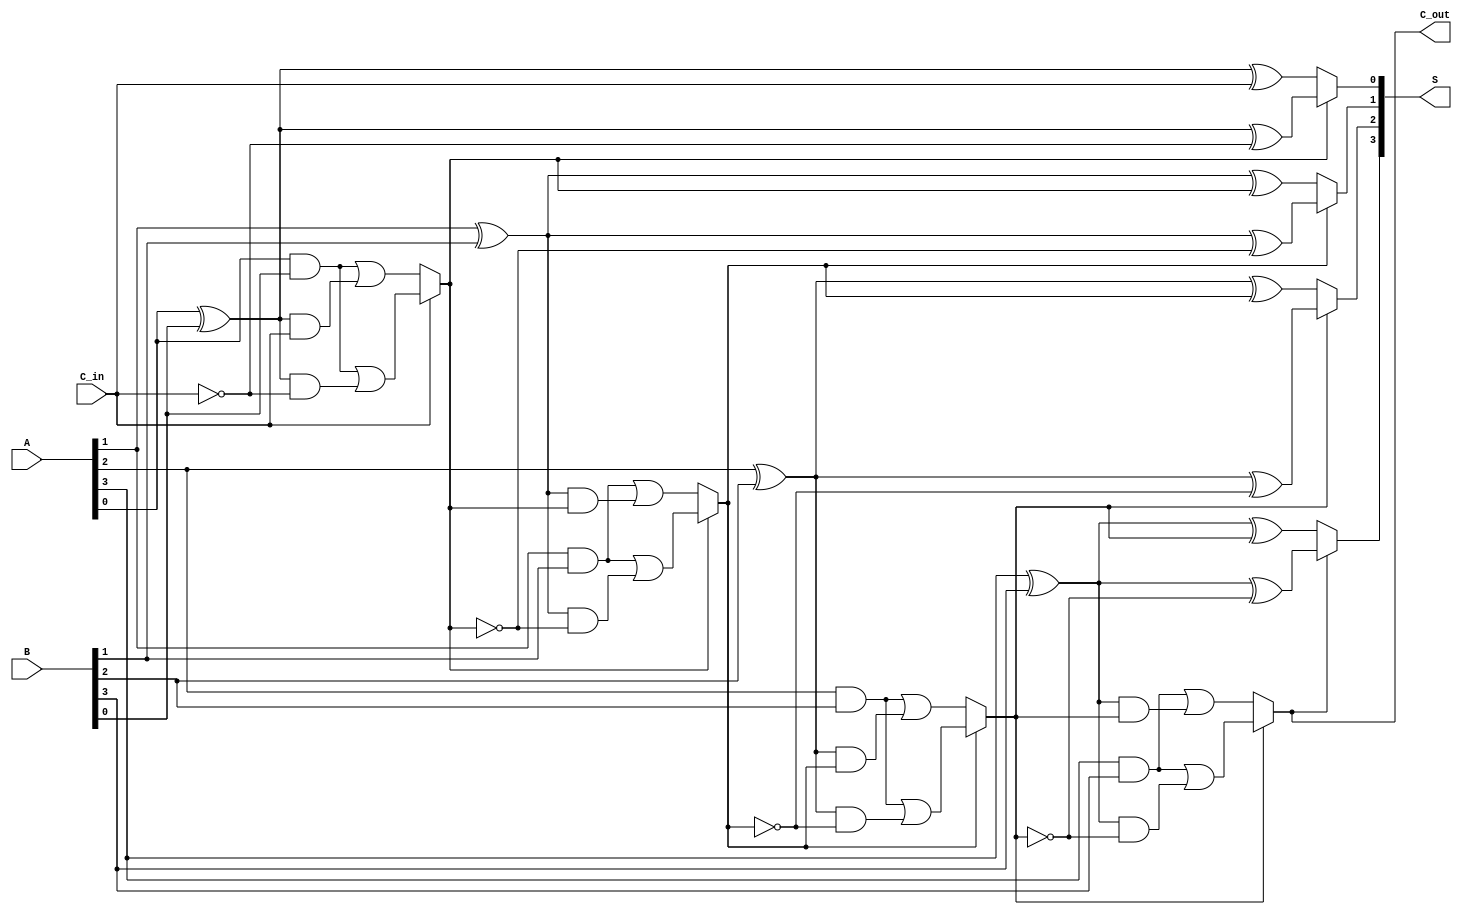
module conditional_sum_adder #(
    parameter WIDTH = 4  // Width of the adder
)(
    input  [WIDTH-1:0] A,      // First operand
    input  [WIDTH-1:0] B,      // Second operand
    input        C_in,          // Carry-in
    output [WIDTH-1:0] S,       // Sum output
    output       C_out          // Carry-out
);

    // Intermediate signals for sums and carry outs
    wire [WIDTH-1:0] S0, S1;    // Sums for carry-in = 0 and carry-in = 1
    wire [WIDTH-1:0] C_out0, C_out1; // Carry outs for both conditions
    wire [WIDTH-1:0] C_select;  // Selected carry out for the next stage
    wire [WIDTH-1:0] C;          // Carry for each bit

    // Generate sums and carry outs for each bit
    genvar i;
    generate
        for (i = 0; i < WIDTH; i = i + 1) begin : CSA_BIT
            // Sum calculations
            assign S0[i] = A[i] ^ B[i] ^ (i == 0 ? C_in : C[i-1]);
            assign S1[i] = A[i] ^ B[i] ^ (~(i == 0 ? C_in : C[i-1]));

            // Carry out calculations
            assign C_out0[i] = (A[i] & B[i]) | ((A[i] ^ B[i]) & (i == 0 ? C_in : C[i-1]));
            assign C_out1[i] = (A[i] & B[i]) | ((A[i] ^ B[i]) & (~(i == 0 ? C_in : C[i-1])));
        end
    endgenerate

    // Determine the carry for the next stage
    generate
        for (i = 0; i < WIDTH; i = i + 1) begin : C_PROPAGATION
            if (i == 0) begin
                assign C[i] = C_in ? C_out1[i] : C_out0[i];
            end else begin
                assign C[i] = C_select[i-1] ? C_out1[i] : C_out0[i];
            end
            assign C_select[i] = C[i];
        end
    endgenerate

    // Final sum selection based on the carry state
    generate
        for (i = 0; i < WIDTH; i = i + 1) begin : FINAL_SUM
            assign S[i] = C[i] ? S1[i] : S0[i];
        end
    endgenerate

    // Final carry out
    assign C_out = C[WIDTH-1];

endmodule